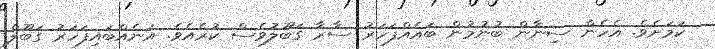
ކަމަށެވެ. އެހެން ސިނާން ބުނުމުން ބައެއްފަހަރު ސާރާ ގަބޫލުވެސް ކުރެއެވެ. އަނެއްބައިފަހަރު ގަބޫލް